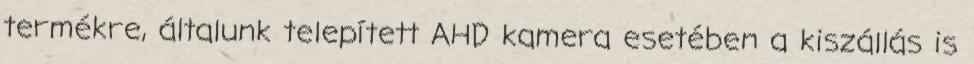
termékre, általunk telepített AHD kamera esetében a kiszállás is